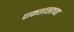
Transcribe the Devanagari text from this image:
पाकशास्त्राच्या